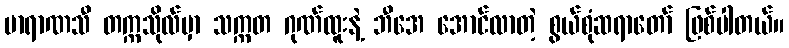
ဗာရာဏသီ တက္ကသိုလ်မှာ သက္ကတ ဂုဏ်ထူးနဲ့ ဘီအေ အောင်လာတဲ့ စွယ်စုံဆရာတော် ဖြစ်ပါတယ်။